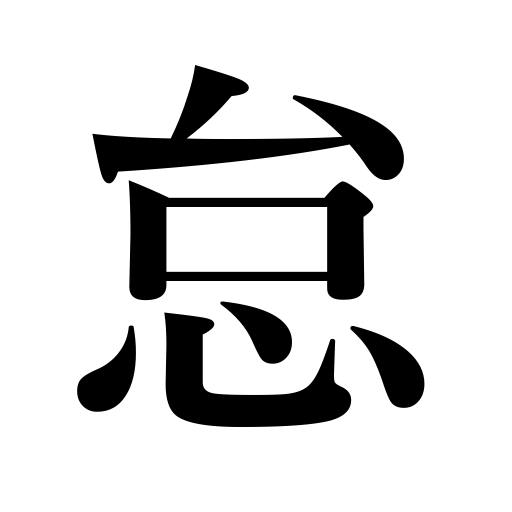
Meanings: be idle,laziness,be lazy,neglect,be off guard,be feeling better